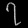
Digit: ၇